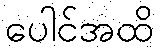
ပေါင်အထိ